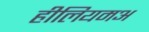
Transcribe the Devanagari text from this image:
हीलियमअ